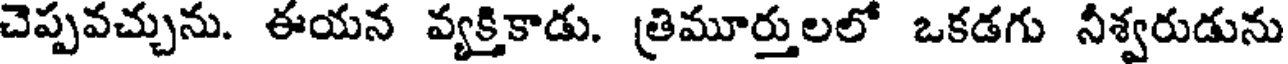
చెప్పవచ్చును. ఈయన వ్యక్తికాడు. త్రిమూర్తులలో ఒకడగు నీశ్వరుడును